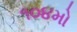
૧૦૪મો